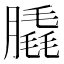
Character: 膬